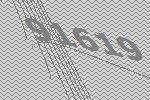
91619